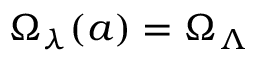
\Omega _ { \lambda } ( a ) = \Omega _ { \Lambda }